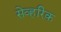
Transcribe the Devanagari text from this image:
सेव्हरिक